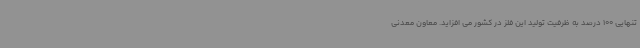
تنهایی 100 درصد به ظرفیت تولید این فلز در کشور می افزاید. معاون معدنی